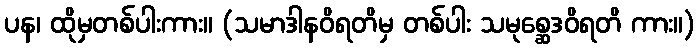
ပန၊ ထိုမှတစ်ပါးကား။ (သမာဒါနဝိရတိမှ တစ်ပါး သမုစ္ဆေဒဝိရတိ ကား။)